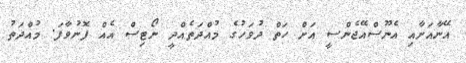
އޭނާއަށާއި އެނޫސްއޭޖެންސީ އަށް ހަތް ދުވަހުގެ މުއްދަތެއްދީ ނޯޓިސް އެއް ފޮނުވާފަ. މުއްދަތު